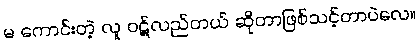
မ ကောင်းတဲ့ လူ ဝဋ်လည်တယ် ဆိုတာဖြစ်သင့်တာပဲလေ။